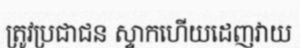
ត្រូវប្រជាជន ស្ទាកហើយដេញវាយ